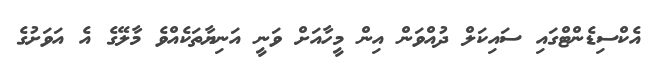
އެކްސިޑެންޓްގައި ސައިކަލް ދުއްވަން އިން މީހާއަށް ވަނީ އަނިޔާތަކެއްވެ މާލޭގެ އެ އަވަށުގެ